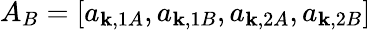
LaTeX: A_{B}=[a_{{\mathbf k},1A},a_{{\mathbf k},1B},a_{{\mathbf k},2A},a_{{\mathbf k},2B}]